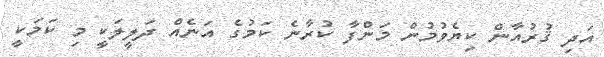
އަދި ޤުރުއާން ކިޔެވުމުން މަންފާ ކުރާނެ ކަމުގެ އަނެއް ދަލީލަކީ މި ކަމަކީ